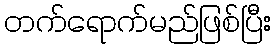
တက်ရောက်မည်ဖြစ်ပြီး